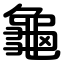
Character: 龜